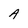
Character: A